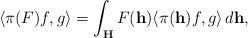
LaTeX: \begin{align*}\langle \pi(F) f, g \rangle = \int_{\mathbf{H}} F(\mathbf{h}) \langle \pi(\mathbf{h}) f, g \rangle \, d \mathbf{h},\end{align*}